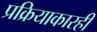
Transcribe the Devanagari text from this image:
प्रक्रियाकारही